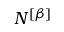
N ^ { \left[ \beta \right] }